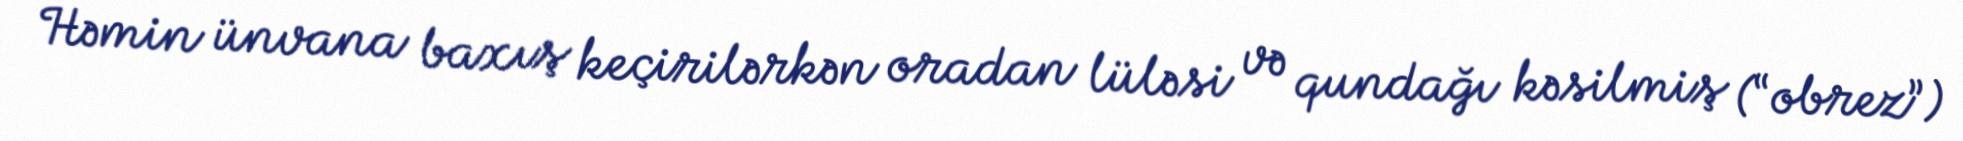
Həmin ünvana baxış keçirilərkən oradan lüləsi və qundağı kəsilmiş (“obrez”)